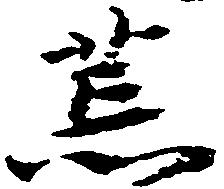
荒